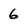
Character: 6